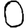
Digit: 0